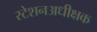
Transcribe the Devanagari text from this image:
स्टेशनअधीक्षक